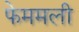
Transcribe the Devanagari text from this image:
फेममली